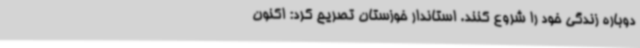
دوباره زندگی خود را شروع کنند. استاندار خوزستان تصریح کرد: اکنون